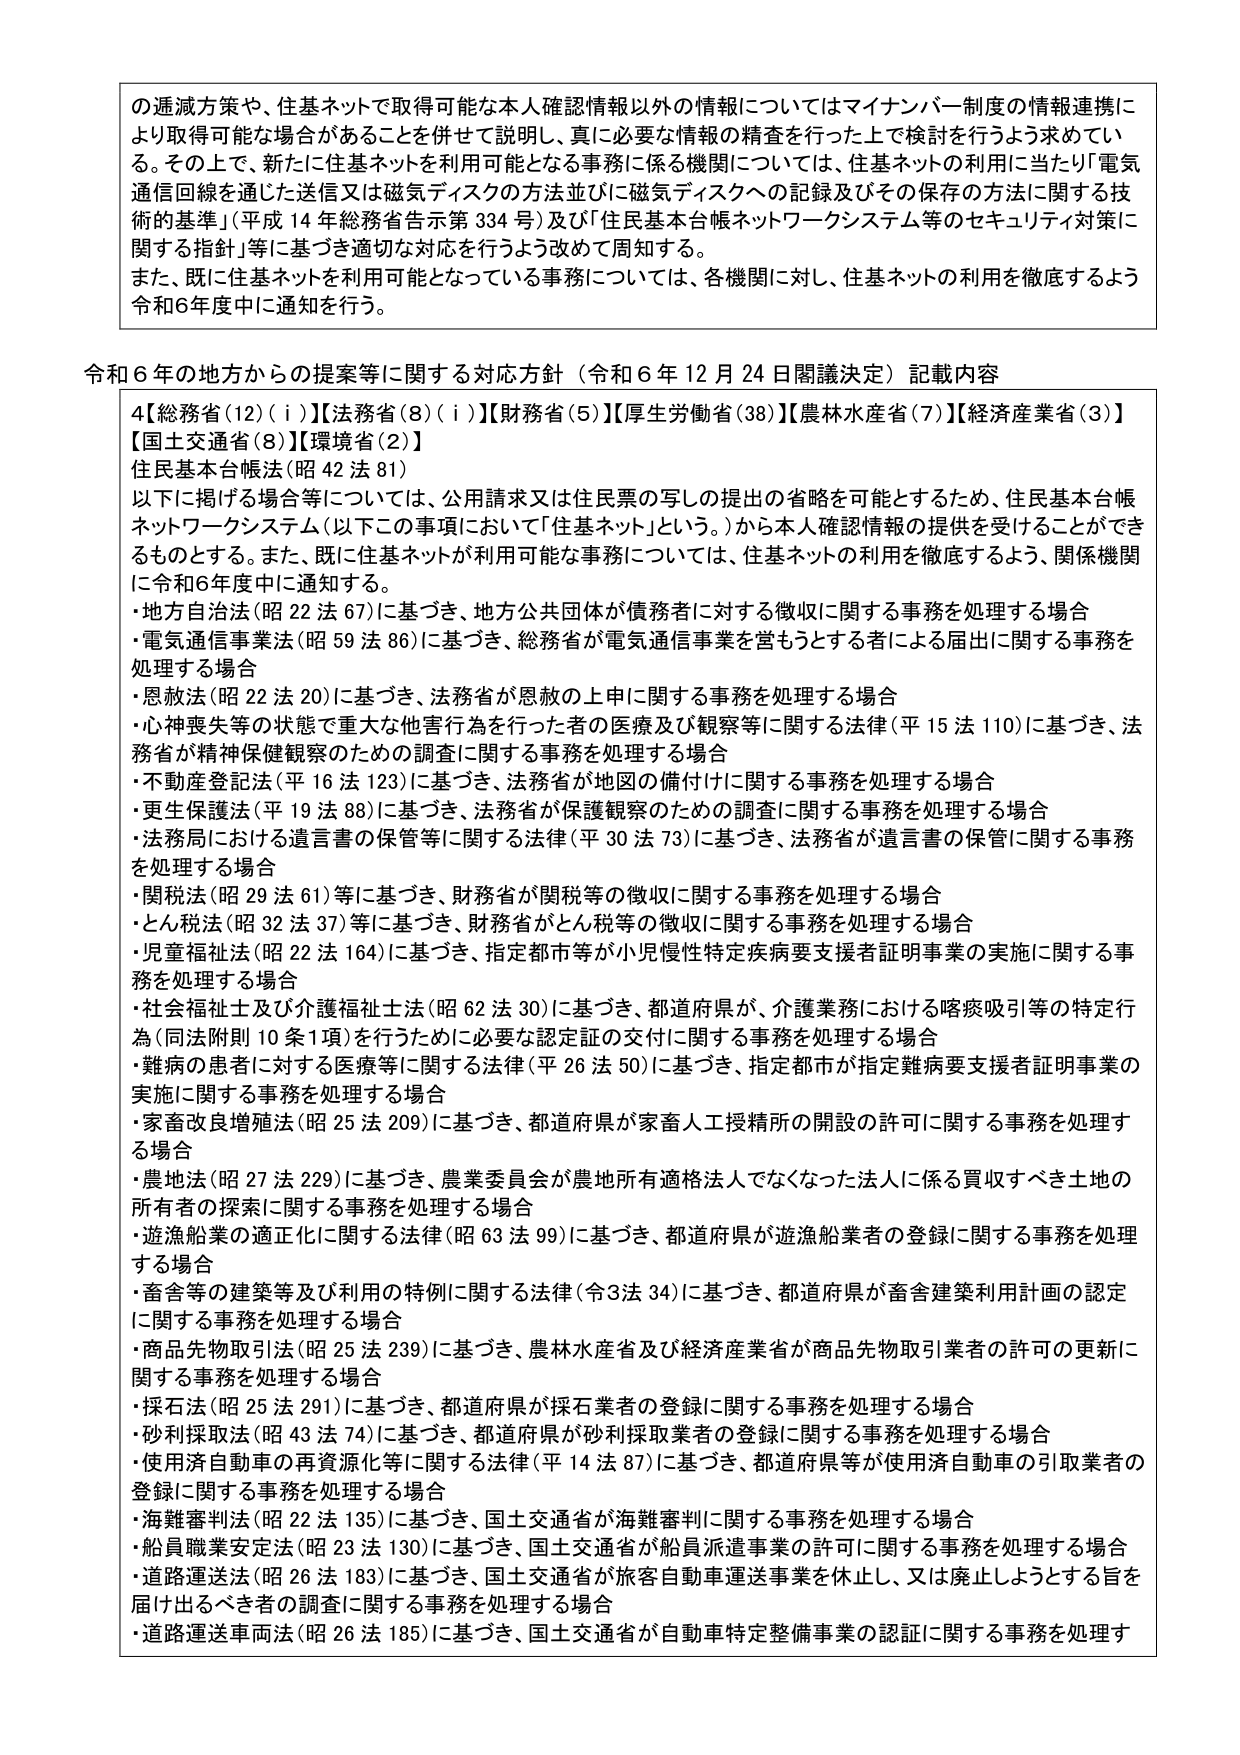
の逓減方策や、住基ネットで取得可能な本人確認情報以外の情報についてはマイナンバー制度の情報連携により取得可能な場合があることを併せて説明し、真に必要な情報の精査を行った上で検討を行うよう求めている。その上で、新たに住基ネットを利用可能となる事務に係る機関については、住基ネットの利用に当たり「電気通信回線を通じた送信又は磁気ディスクの方法並びに磁気ディスクへの記録及びその保存の方法に関する技術的基準」（平成14年総務省告示第334号）及び「住民基本台帳ネットワークシステム等のセキュリティ対策に関する指針」等に基づき適切な対応を行うよう改めて周知する。

また、既に住基ネットを利用可能となっている事務については、各機関に対し、住基ネットの利用を徹底するよう令和6年度中に通知を行う。

令和6年の地方からの提案等に関する対応方針（令和6年12月24日閣議決定）記載内容

4【総務省(12)(i)】【法務省(8)(i)】【財務省(5)】【厚生労働省(38)】【農林水産省(7)】【経済産業省(3)】【国土交通省(8)】【環境省(2)】

住民基本台帳法（昭42法81）

以下に掲げる場合等については、公用請求又は住民票の写しの提出の省略を可能とするため、住民基本台帳ネットワークシステム（以下この事項において「住基ネット」という。）から本人確認情報の提供を受けることができるものとする。また、既に住基ネットが利用可能な事務については、住基ネットの利用を徹底するよう、関係機関に令和6年度中に通知する。

・地方自治法（昭22法67）に基づき、地方公共団体が債務者に対する徴収に関する事務を処理する場合

・電気通信事業法（昭59法86）に基づき、総務省が電気通信事業を営もうとする者による届出に関する事務を処理する場合

・恩赦法（昭22法20）に基づき、法務省が恩赦の上申に関する事務を処理する場合

・心神喪失等の状態で重大な他害行為を行った者の医療及び観察等に関する法律（平15法110）に基づき、法務省が精神保健観察のための調査に関する事務を処理する場合

・不動産登記法（平16法123）に基づき、法務省が地図の備付けに関する事務を処理する場合

・更生保護法（平19法88）に基づき、法務省が保護観察のための調査に関する事務を処理する場合

・法務局における遺言書の保管等に関する法律（平30法73）に基づき、法務省が遺言書の保管に関する事務を処理する場合

・関税法（昭29法61）等に基づき、財務省が関税等の徴収に関する事務を処理する場合

・とん税法（昭32法37）等に基づき、財務省がとん税等の徴収に関する事務を処理する場合

・児童福祉法（昭22法164）に基づき、指定都市等が小児慢性特定疾病要支援者証明事業の実施に関する事務を処理する場合

・社会福祉士及び介護福祉士法（昭62法30）に基づき、都道府県が、介護業務における喀痰吸引等の特定行為（同法附則10条1項）を行うために必要な認定証の交付に関する事務を処理する場合

・難病の患者に対する医療等に関する法律（平26法50）に基づき、指定都市が指定難病要支援者証明事業の実施に関する事務を処理する場合

・家畜改良増殖法（昭25法209）に基づき、都道府県が家畜人工授精所の開設の許可に関する事務を処理する場合

・農地法（昭27法229）に基づき、農業委員会が農地所有適格法人でなくなった法人に係る買収すべき土地の所有者の探索に関する事務を処理する場合

・遊漁船業の適正化に関する法律（昭63法99）に基づき、都道府県が遊漁船業者の登録に関する事務を処理する場合

・畜舎等の建築等及び利用の特例に関する法律（令3法34）に基づき、都道府県が畜舎建築利用計画の認定に関する事務を処理する場合

・商品先物取引法（昭25法239）に基づき、農林水産省及び経済産業省が商品先物取引業者の許可の更新に関する事務を処理する場合

・採石法（昭25法291）に基づき、都道府県が採石業者の登録に関する事務を処理する場合

・砂利採取法（昭43法74）に基づき、都道府県が砂利採取業者の登録に関する事務を処理する場合

・使用済自動車の再資源化等に関する法律（平14法87）に基づき、都道府県等が使用済自動車の引取業者の登録に関する事務を処理する場合

・海難審判法（昭22法135）に基づき、国土交通省が海難審判に関する事務を処理する場合

・船員職業安定法（昭23法130）に基づき、国土交通省が船員派遣事業の許可に関する事務を処理する場合

・道路運送法（昭26法183）に基づき、国土交通省が旅客自動車運送事業を休止し、又は廃止しようとする旨を届け出るべき者の調査に関する事務を処理する場合

・道路運送車両法（昭26法185）に基づき、国土交通省が自動車特定整備事業の認証に関する事務を処理す